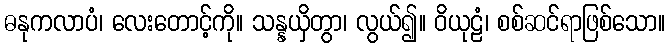
ဓနုကလာပံ၊ လေးတောင့်ကို။ သန္နယှိတွာ၊ လွယ်၍။ ဝိယုဠံ၊ စစ်ဆင်ရာဖြစ်သော။